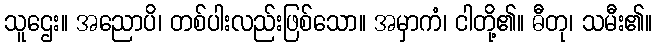
သူဌေး။ အညောပိ၊ တစ်ပါးလည်းဖြစ်သော။ အမှာကံ၊ ငါတို့၏။ ဓီတု၊ သမီး၏။